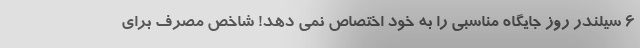
6 سیلندر روز جایگاه مناسبی را به خود اختصاص نمی دهد! شاخص مصرف برای